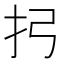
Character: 㧈